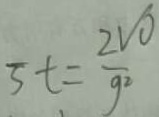
5 t = \frac { 2 V O } { g _ { 2 } }